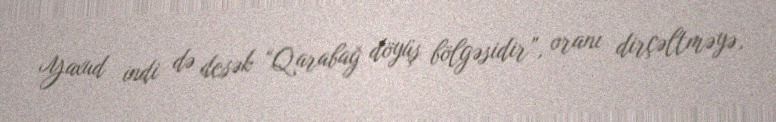
Yaxud indi də desək “Qarabağ döyüş bölgəsidir”, oranı dirçəltməyə,